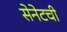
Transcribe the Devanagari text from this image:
सेनेटची